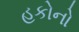
હકોનો